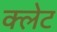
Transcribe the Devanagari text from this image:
क्लेट